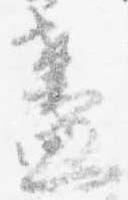
盞